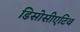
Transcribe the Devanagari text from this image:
डिसोसीएटिव